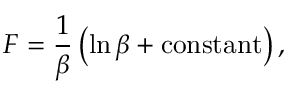
F = \frac 1 \beta \left( \ln \beta + \mathrm { c o n s t a n t } \right) ,